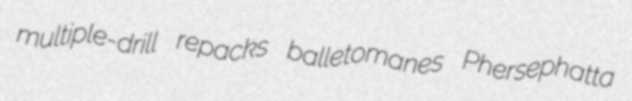
multiple-drill repacks balletomanes Phersephatta